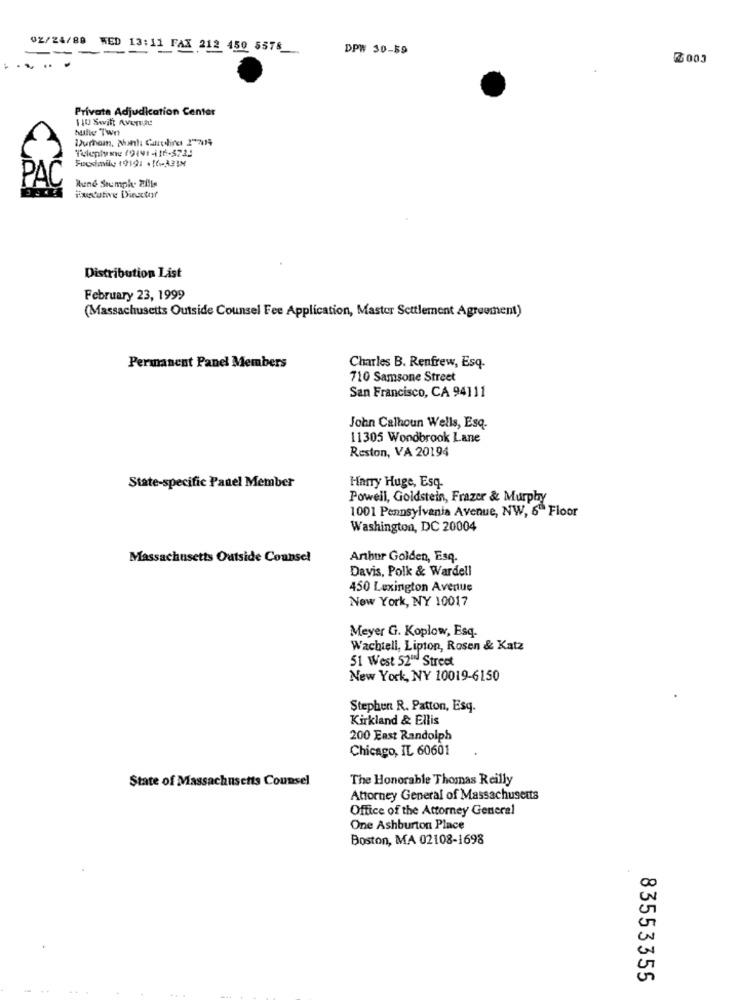
02/24/89
WED 13:11 FAX 212 450 5576
DPW 30-59
3003
Private Adjudication Center
110 Swift Averti
butwe Twn
Fuesimile 1919: +16-333M
PAC
Rune Stumph. Zille
Fututive Dinactor
Distribution List
February 23, 1999
(Massachusetts Outside Counsel Fee Application, Master Settlement Agreement)
Permanent Panel Members
Charles B. Renfrew, Esq.
710 Samsone Street
San Francisco, CA 94111
John Calhoun Wells, Esq.
11305 Wondbrook Lane
Reston, VA 20194
State-specific Panel Member
Harry Huge, Esq.
Powell, Goldstein, Frazer & Murphy
1001 Pennsylvania Avenue, NW, 6" Floor
Washington, DC 20004
Massachusetts Outside Counsel
Arthur Golden, Esq.
Davis, Polk & Wardell
450 Lexington Avenue
New York, NY 10017
Meyer G. Koplow, Esq.
Wachtell, Lipton, Rosen & Katz
51 West 52" Street
New York, NY 10019-6150
Stephen R. Patton, Esq.
Kirkland & Ellis
200 East Randolph
Chicago, IL 60601
State of Massachusetts Counsel
The Honorable Thomas Reilly
Attorney General of Massachusetts
Office of the Attorney General
One Ashburton Place
Boston, MA 02108-1698
83553355
...